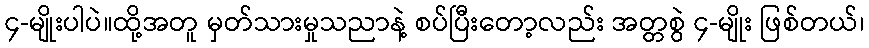
၄-မျိုးပါပဲ။ထို့အတူ မှတ်သားမှုသညာနဲ့ စပ်ပြီးတော့လည်း အတ္တစွဲ ၄-မျိုး ဖြစ်တယ်၊